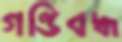
গণ্ডিবদ্ধ